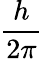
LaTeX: \frac{h}{2\pi}